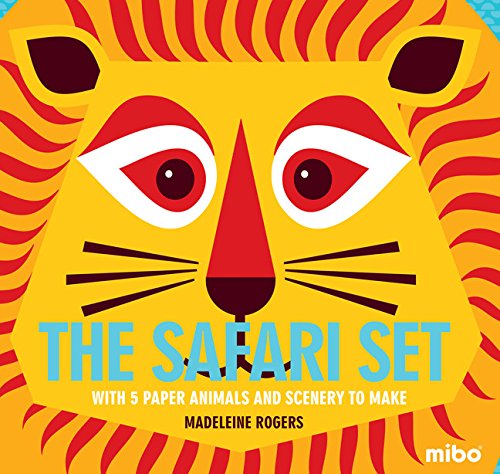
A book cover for The Safari Set: With 5 Paper Animals and Scenery to Make (MiboÂ®); Children's Books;